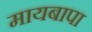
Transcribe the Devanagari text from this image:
मायबापा